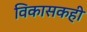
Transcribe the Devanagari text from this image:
विकासकही